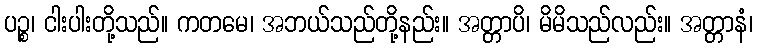
ပဉ္စ၊ ငါးပါးတို့သည်။ ကတမေ၊ အဘယ်သည်တို့နည်း။ အတ္တာပိ၊ မိမိသည်လည်း။ အတ္တာနံ၊